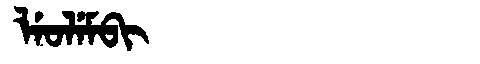
Manchu: ᠯᡝᠣᠯᡝᠮᠪᡳ
Romanization: LEOLEMBI